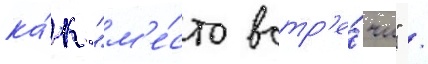
ка́к "м'е́сто встр'е́чи" /